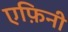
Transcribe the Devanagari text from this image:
एफ़िनी